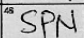
Transcription: SPN